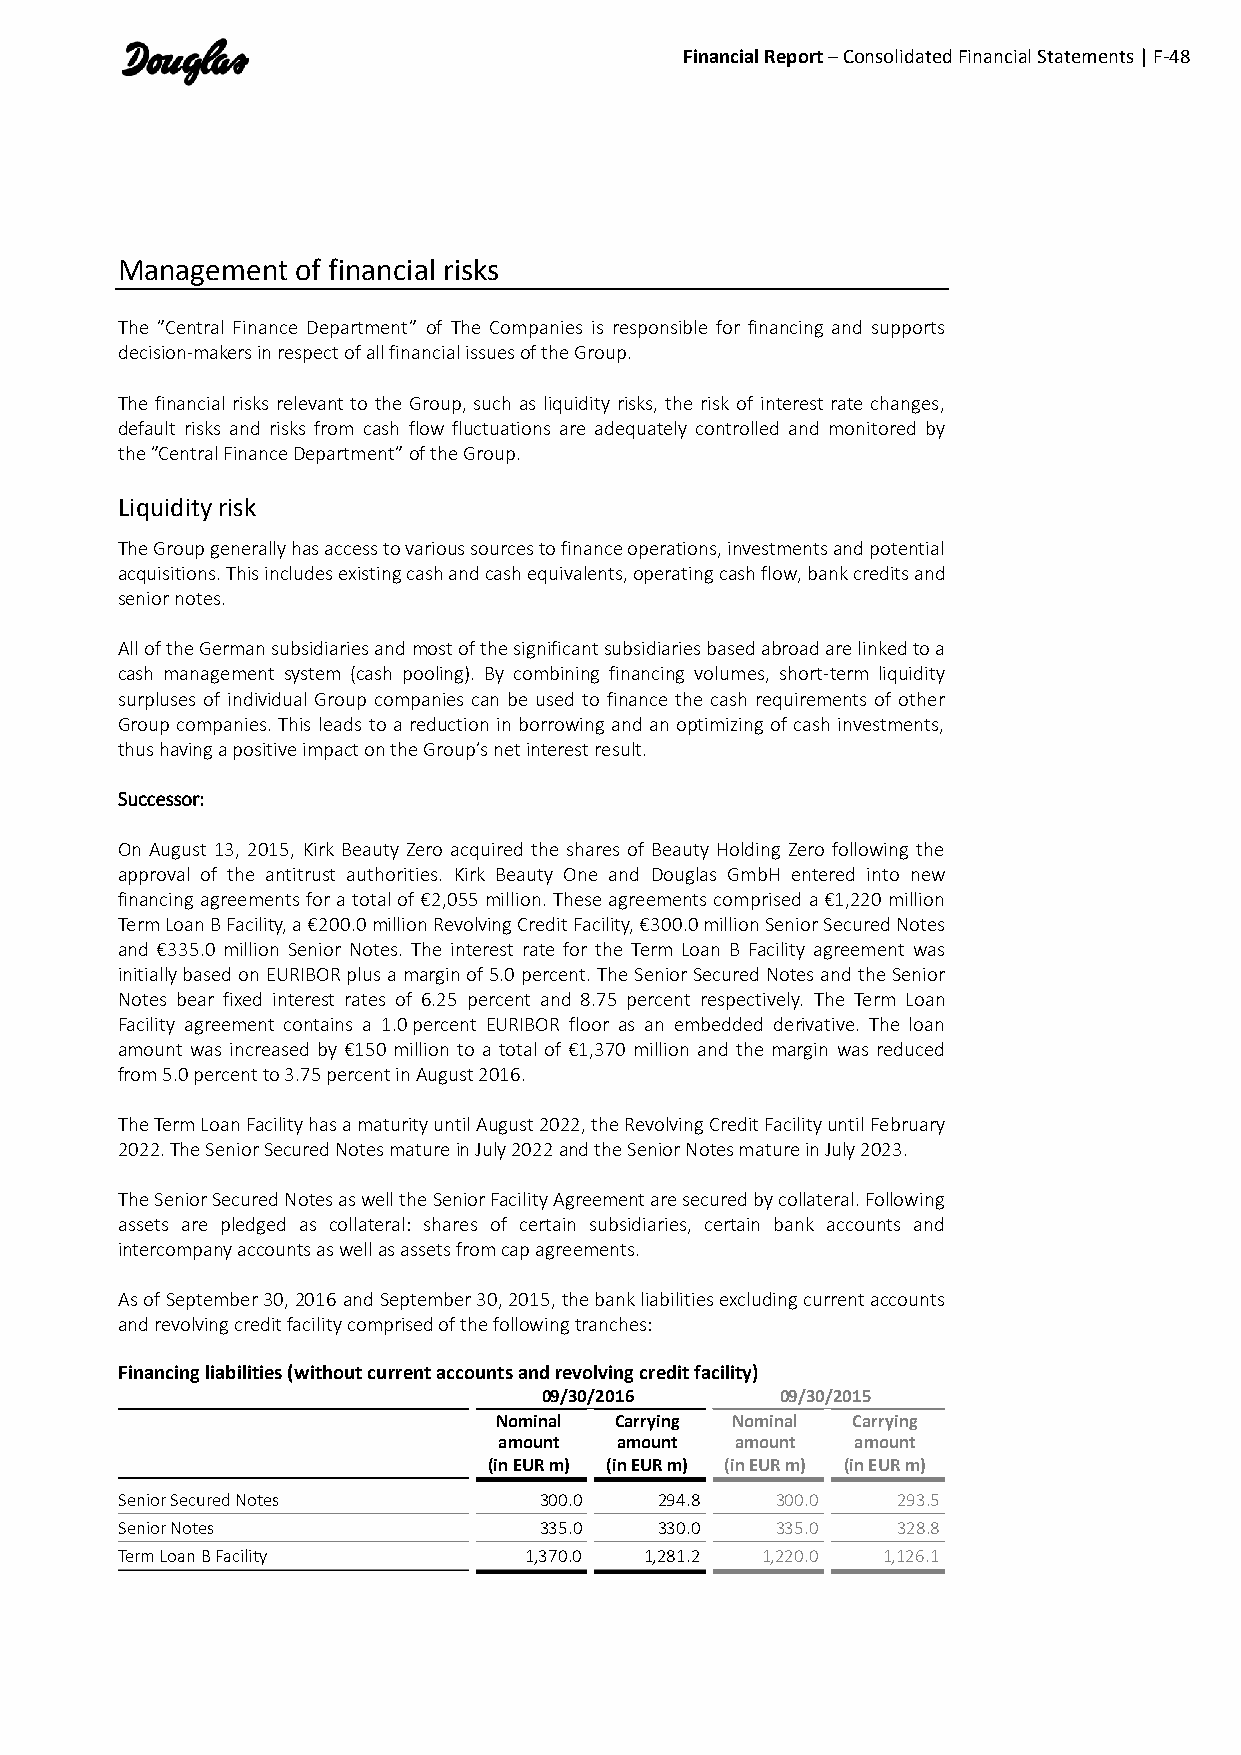
Financial Report – Consolidated Financial Statements | F-48
 Management  of financial risks
 The ”Central Finance Department” of The Companies is responsible for financing and supports
 decision-makers in respect of all financial issues of the Group.
 The financial risks relevant to the Group, such as liquidity risks, the risk of interest rate changes,
 default risks and risks from cash flow fluctuations are adequately controlled and monitored by
 the ”Central Finance Department” of the Group.
 Liquidity risk
 The Group generally has access to various sources to finance operations, investments and potential
 acquisitions. This includes existing cash and cash equivalents, operating cash flow, bank credits and
 senior notes.
 All of the German subsidiaries and most of the significant subsidiaries based abroad are linked to a
 cash management system (cash pooling). By combining financing volumes, short-term liquidity
 surpluses of individual Group companies can be used to finance the cash requirements of other
 Group companies. This leads to a reduction in borrowing and an optimizing of cash investments,
 thus having a positive impact on the Group’s net interest result.
 Successor:
 On August 13, 2015, Kirk Beauty Zero acquired the shares of Beauty Holding Zero following the
 approval of the antitrust authorities. Kirk Beauty One and Douglas GmbH entered into new
 financing agreements for a total of €2,055 million. These agreements comprised a €1,220 million
 Term Loan B Facility, a €200.0 million Revolving Credit Facility, €300.0 million Senior Secured Notes
 and €335.0 million Senior Notes. The interest rate for the Term Loan B Facility agreement was
 initially based on EURIBOR plus a margin of 5.0 percent. The Senior Secured Notes and the Senior
 Notes bear fixed interest rates of 6.25 percent and 8.75 percent respectively. The Term Loan
 Facility agreement contains a 1.0 percent EURIBOR floor as an embedded derivative. The loan
 amount was increased by €150 million to a total of €1,370 million and the margin was reduced
 from 5.0 percent to 3.75 percent in August 2016.
 The Term Loan Facility has a maturity until August 2022, the Revolving Credit Facility until February
 2022. The Senior Secured Notes mature in July 2022 and the Senior Notes mature in July 2023.
 The Senior Secured Notes as well the Senior Facility Agreement are secured by collateral. Following
 assets are pledged as collateral: shares of certain subsidiaries, certain bank accounts and
 intercompany accounts as well as assets from cap agreements.
 As of September 30, 2016 and September 30, 2015, the bank liabilities excluding current accounts
 and revolving credit facility comprised of the following tranches:
 Financing liabilities (without current accounts and revolving credit facility)
 09/30/2016      09/30/2015
 Nominal Carrying Nominal Carrying
 amount  amount  amount  amount
 (in EUR m) (in EUR m) (in EUR m) (in EUR m)
 Senior Secured Notes        300.0   294.8  300.0   293.5
 Senior Notes                335.0   330.0  335.0   328.8
 Term Loan B Facility       1,370.0 1,281.2 1,220.0 1,126.1